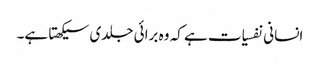
انسانی نفسیات ہے کہ وہ برائی جلدی سیکھتا ہے۔